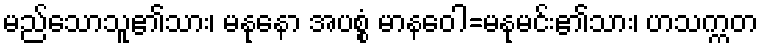
မည်သောသူ၏သား၊ မနုနော အပစ္စံ မာနဝေါ=မနုမင်း၏သား၊ ဟသက္ကတ